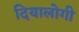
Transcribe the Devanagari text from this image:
दियालोगी